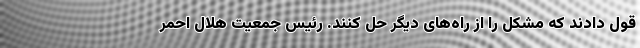
قول دادند که مشکل را از راه‌های دیگر حل کنند. رئیس جمعیت هلال احمر